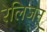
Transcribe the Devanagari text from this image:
रेलिजन्